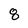
Character: 8